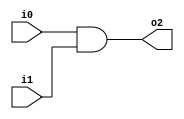
module and2(input wire i0, i1, output wire o2);
	assign o2 = i0 & i1;
endmodule

module or2(input wire i0, i1, output wire o3);
	assign o3 = i0 | i1;
endmodule


module operate(input wire a,b,c, output wire z);
	wire t0,t1;
	and2 and2_0(a,b,t0);
	and2 and2_1(b,c,t1);
	or2 or2_0(t0,t1,z);
endmodule